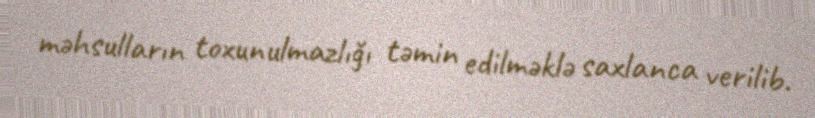
məhsulların toxunulmazlığı təmin edilməklə saxlanca verilib.